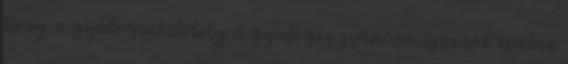
hogy a gyalogátkelőhely a gyalogos számára igen sok esetben